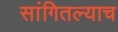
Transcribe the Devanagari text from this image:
सांगितल्याच